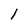
Character: l